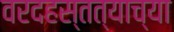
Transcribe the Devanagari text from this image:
वरदहस्तत्याच्या